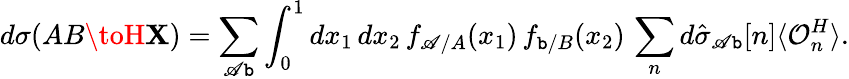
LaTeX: d\sigma(AB\toH\mathbf{X})=\sum_{\mathscr{A}\mathtt{b}}\int_{0}^{1}dx_{1}\, dx_{2}\, f_{\mathscr{A}/A}(x_{1})\, f_{\mathtt{b}/B}(x_{2})\, \sum_{n}d\hat{{\sigma}}_{\mathscr{A}\mathtt{b}}[n]\langle{\mathcal{O}}_{n}^{H}\rangle.